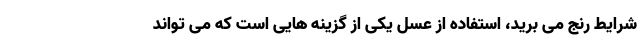
شرایط رنج می برید، استفاده از عسل یکی از گزینه هایی است که می تواند